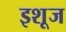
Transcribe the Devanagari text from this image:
इशूज